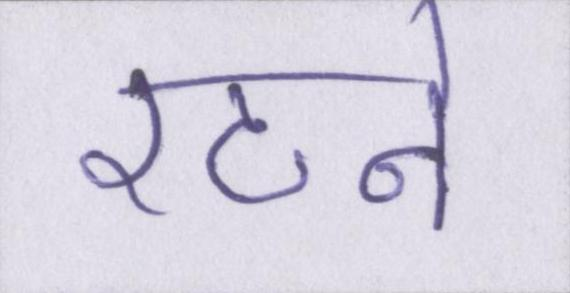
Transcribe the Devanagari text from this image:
रटने